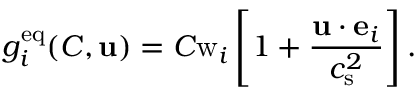
g _ { i } ^ { \mathrm { e q } } ( C , \mathbf { u } ) = C \mathrm { w } _ { i } \left[ 1 + \frac { \mathbf { u } \cdot \mathbf { e } _ { i } } { c _ { \mathrm { s } } ^ { 2 } } \right] .